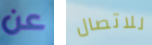
عن للاتصال